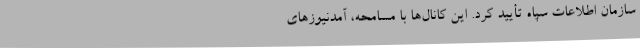
سازمان اطلاعات سپاه تأیید کرد. این کانال‌ها با مسامحه، آمدنیوزهای